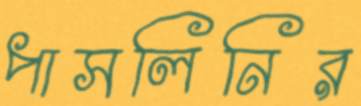
পাসলিনির